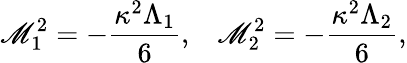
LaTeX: \mathscr{M}_{1}^{2}=-\frac{{\kappa^{2}\Lambda_{1}}}{{6}},\; \; \; \mathscr{M}_{2}^{2}=-\frac{{\kappa^{2}\Lambda_{2}}}{{6}},